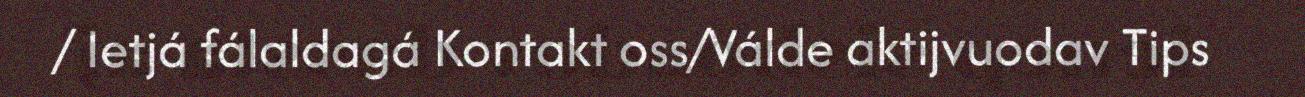
/ Ietjá fálaldagá Kontakt oss/Válde aktijvuodav Tips